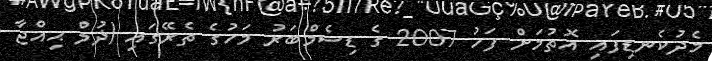
މެދުކެނޑިފައި އޮތުމަށް ފަހު 2007 ގެ ޑިސެމްބަރު މަހުގެ ތެރޭގައި (ޛުލް ޙިއްޖާ